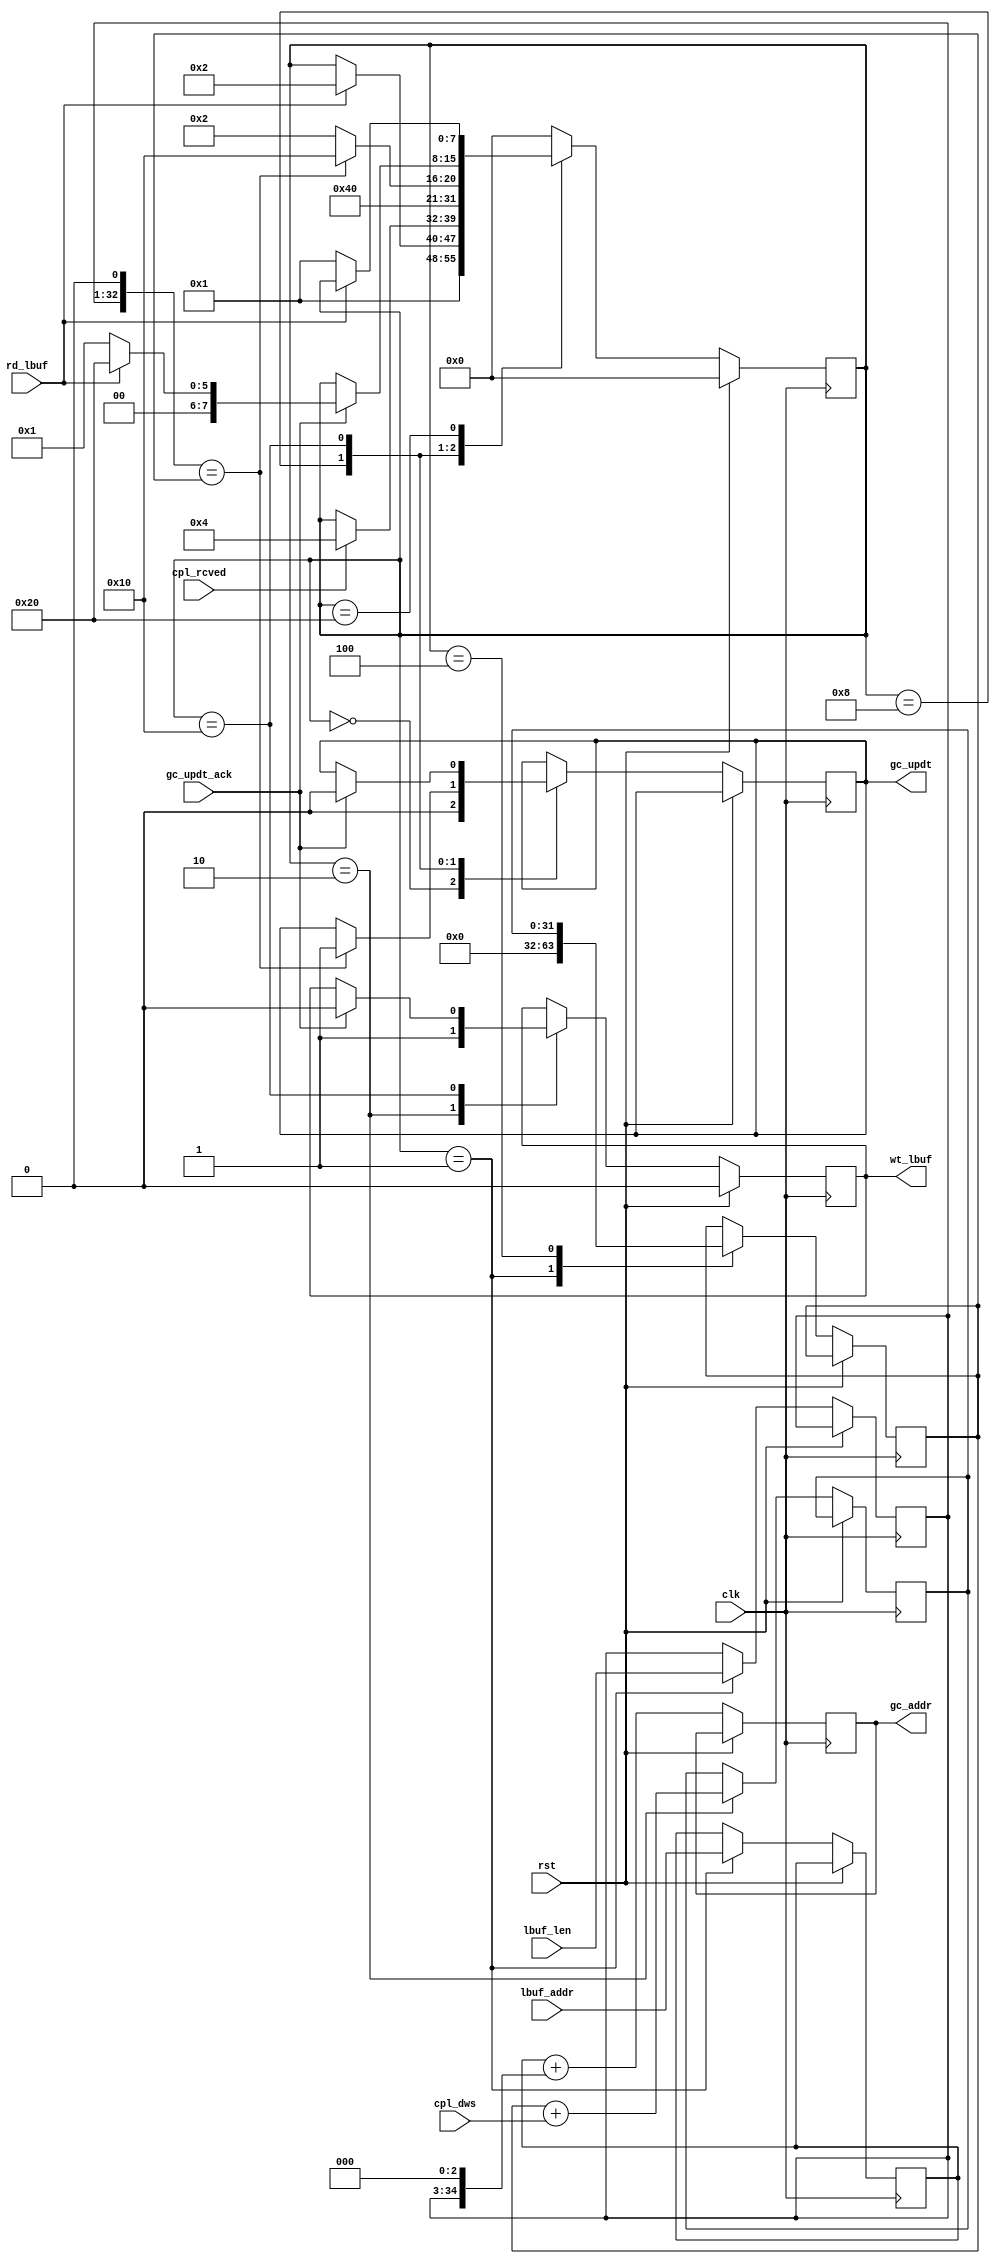
/*******************************************************************************
*
*  NetFPGA-10G http://www.netfpga.org
*
*  File:
*        gc.v
*
*  Project:
*
*
*  Author:
*        Marco Forconesi
*
*  Description:
*        Monitors pulled data reception.
*
*
*    This code is initially developed for the Network-as-a-Service (NaaS) project.
*
*  Copyright notice:
*        Copyright (C) 2014 University of Cambridge
*
*  Licence:
*        This file is part of the NetFPGA 10G development base package.
*
*        This file is free code: you can redistribute it and/or modify it under
*        the terms of the GNU Lesser General Public License version 2.1 as
*        published by the Free Software Foundation.
*
*        This package is distributed in the hope that it will be useful, but
*        WITHOUT ANY WARRANTY; without even the implied warranty of
*        MERCHANTABILITY or FITNESS FOR A PARTICULAR PURPOSE.  See the GNU
*        Lesser General Public License for more details.
*
*        You should have received a copy of the GNU Lesser General Public
*        License along with the NetFPGA source package.  If not, see
*        http://www.gnu.org/licenses/.
*
*/

//////////////////////////////////////////////////////////////////////////////////////////////
//////////////////////////////////////////////////////////////////////////////////////////////
`timescale 1ns / 1ps
//`default_nettype none

module gc (

    input                    clk,
    input                    rst,

    // lbuf_mgmt
    input                    rd_lbuf,
    output reg               wt_lbuf,
    input        [63:0]      lbuf_addr,
    input        [31:0]      lbuf_len,

    // rcv_cpl
    input                    cpl_rcved,
    input        [9:0]       cpl_dws,

    // gc updt
    output reg   [63:0]      gc_addr,
    output reg               gc_updt,
    input                    gc_updt_ack
    );

    // localparam
    localparam s0 = 8'b00000000;
    localparam s1 = 8'b00000001;
    localparam s2 = 8'b00000010;
    localparam s3 = 8'b00000100;
    localparam s4 = 8'b00001000;
    localparam s5 = 8'b00010000;
    localparam s6 = 8'b00100000;
    localparam s7 = 8'b01000000;
    localparam s8 = 8'b10000000;

    //-------------------------------------------------------
    // Local gc
    //-------------------------------------------------------   
    reg          [7:0]       mon_fsm;
    reg          [63:0]      lbuf_addr_reg;
    reg          [31:0]      lbuf_len_reg;
    reg          [31:0]      dw_cnt;
    reg          [31:0]      nxt_dw_cnt;

    ////////////////////////////////////////////////
    // gc
    ////////////////////////////////////////////////
    always @(posedge clk) begin

        if (rst) begin  // rst
            wt_lbuf <= 1'b0;
            mon_fsm <= s0;
        end
        
        else begin  // not rst

            gc_addr <= lbuf_addr_reg + {lbuf_len_reg, 3'b0};

            case (mon_fsm)

                s0 : begin
                    gc_updt <= 1'b0;
                    mon_fsm <= s1;
                end

                s1 : begin
                    lbuf_addr_reg <= lbuf_addr;
                    lbuf_len_reg <= lbuf_len;
                    dw_cnt <= 'b0;
                    if (rd_lbuf) begin
                        mon_fsm <= s2;
                    end
                end

                s2 : begin
                    wt_lbuf <= 1'b1;
                    nxt_dw_cnt <= dw_cnt + cpl_dws;
                    if (cpl_rcved) begin
                        mon_fsm <= s3;
                    end
                end

                s3 : begin
                    dw_cnt <= nxt_dw_cnt;
                    mon_fsm <= s4;
                end

                s4 : begin
                    if ({lbuf_len_reg, 1'b0} == dw_cnt) begin
                        gc_updt <= 1'b1;
                        mon_fsm <= s5;
                    end
                    else begin
                        mon_fsm <= s2;
                    end
                end

                s5 : begin
                    if (gc_updt_ack) begin
                        wt_lbuf <= 1'b0;
                        gc_updt <= 1'b0;
                        if (!rd_lbuf) begin
                            mon_fsm <= s1;
                        end
                        else begin
                            mon_fsm <= s6;
                        end
                    end
                end

                s6 : begin
                    if (!rd_lbuf) begin
                        mon_fsm <= s1;
                    end
                end

                default : begin 
                    mon_fsm <= s0;
                end

            endcase
        end     // not rst
    end  //always

endmodule // gc

//////////////////////////////////////////////////////////////////////////////////////////////
//////////////////////////////////////////////////////////////////////////////////////////////